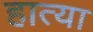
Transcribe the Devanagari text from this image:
हात्या